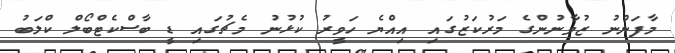
މާފަންނު ޒުވާނުންގެ މަރުކަޒުގައި އިއްޔެ ހަވީރު ކުޅުނު މެޗުގައި ޑީ ބާސްކެޓްބޯލް ކްލަބު